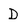
Character: D